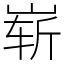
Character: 崭